Civil Veterinary Dept. Bombay admin report 1923-31 - 1923-1931
Year: 1923
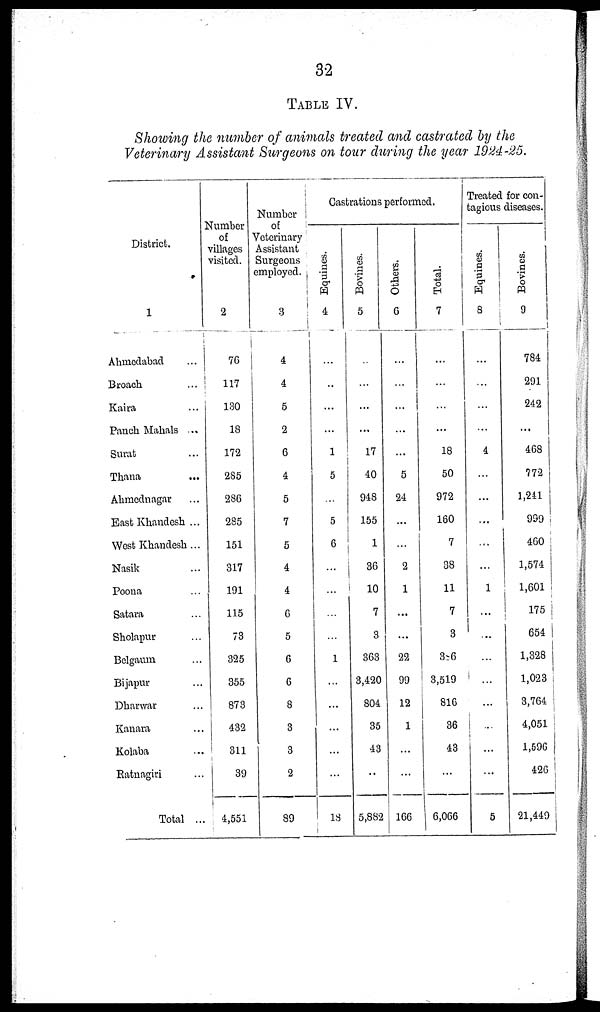
32
TABLE IV.
Showing the member of animals treated and castrated by the
Veterinary Assistant Surgeons on tour during the year 1924-25.
District.
1
Ahmedabad ...
Broach ...
Kaira ...
Panch Mahals ...
Surat ...
Thana ...
Ahmednagar ...
East Khandesh ...
West Khandesh ...
Nasik ...
Poona ...
Satara ...
Sholapur ...
Belgaum ...
Bijapur ...
Dharwar ...
Kanara ...
Kolaba ...
Ratnagiri ...
Total ...
Number
of
villages
visited.
2
76
117
130
18
172
285
286
285
151
317
191
115
78
325
855
873
432
311
39
4,551
Number
of
Veterinary
Assistant
Surgeons
employed.
3
4
4
5
2
6
4
5
7
5
4
4
6
5
6
6
8
3
3
2
89
Castrations performed.
Equines.
4
...
..
...
...
1
5
...
5
6
...
...
...
...
1
...
...
...
...
...
...
Bovines.
5
...
...
...
...
17
40
948
155
1
36
10
7
3
363
3,420
804
35
43
..
5,882
Others.
6
...
...
...
...
...
5
24
...
...
2
1
...
...
22
99
12
1
...
...
166
Total.
7
...
...
...
...
18
50
972
160
7
38
11
7
3
386
3,519
816
36
43
...
6,066
Treated for con-
tagious diseases.
Equines.
8
...
...
...
...
4
...
...
...
...
...
1
...
...
...
...
...
...
...
...
5
Bovines.
9
784
291
242
...
468
772
1,241
999
460
1,574
1,601
175
654
1,328
1,023
3,764
4,051
1,596
426
21,449